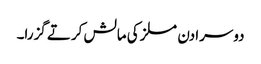
دوسرا دن مسلز کی مالش کرتے گزرا۔